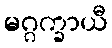
မဂ္ဂက္ခာယီ